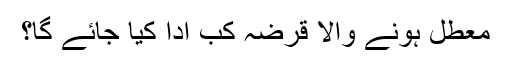
معطل ہونے والا قرضہ کب ادا کیا جائے گا؟